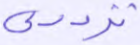
ترددي